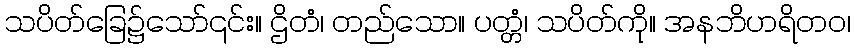
သပိတ်ခြေ၌သော်၎င်း။ ဌိတံ၊ တည်သော။ ပတ္တံ၊ သပိတ်ကို။ အနဘိဟရိတဝ၊